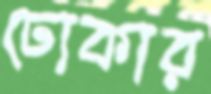
ঢোকার